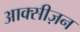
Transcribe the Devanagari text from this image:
आक्सीज़न